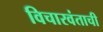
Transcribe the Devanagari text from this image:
विचारवंताची